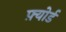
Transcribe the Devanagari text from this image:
फ़्योर्ड